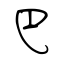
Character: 巴